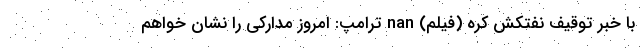
با خبر توقیف نفتکش کره (فیلم) nan ترامپ: امروز مدارکی را نشان خواهم